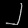
Digit: ၂